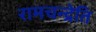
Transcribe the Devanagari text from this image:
रामचन्द्रेति